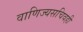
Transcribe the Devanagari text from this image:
वाणिज्यसचिवही